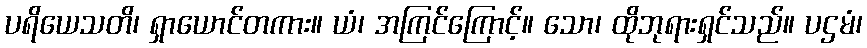
ပရိယေသတိ၊ ရှာယောင်တကား။ ယံ၊ အကြင်ကြောင့်။ သော၊ ထိုဘုရားရှင်သည်။ ပဌမံ၊